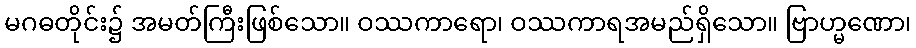
မဂဓတိုင်း၌ အမတ်ကြီးဖြစ်သော။ ဝဿကာရော၊ ဝဿကာရအမည်ရှိသော။ ဗြာဟ္မဏော၊